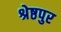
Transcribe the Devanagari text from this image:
श्रेष्ठपुर